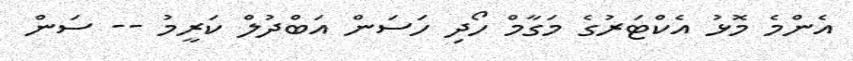
އެންމެ މޮޅު އެކްޓަރުގެ މަގާމް ހޯދި ހަސަން އަބްދުލް ކަރީމު -- ސަން